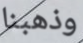
وذهبنا